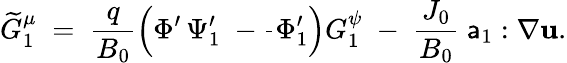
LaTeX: \widetilde{G}_{1}^{\mu}\; =\; \frac{q}{B_{0}}\left(\Phi^{\prime}\, \Psi_{1}^{\prime}\; -\frac{}{}\Phi_{1}^{\prime}\right)G_{1}^{\psi}\; -\; \frac{J_{0}}{B_{0}}\; {\sf a}_{1}:\nabla{\mathbf u}.